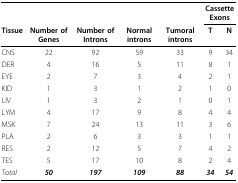
|  |  |  |  |  | <COLSPAN=2> Cassette Exons |
 | Tissue | Number of Genes | Number of Introns | Normal introns | Tumoral introns | T | N |
 | --- | --- | --- | --- | --- | --- | --- |
 | CNS | 22 | 92 | 59 | 33 | 9 | 34 |
 | DER | 4 | 16 | 5 | 11 | 8 | 1 |
 | EYE | 2 | 7 | 3 | 4 | 2 | 1 |
 | KID | 1 | 3 | 1 | 2 | 1 | 0 |
 | LIV | 1 | 3 | 2 | 1 | 0 | 1 |
 | LYM | 4 | 17 | 9 | 8 | 4 | 4 |
 | MSK | 7 | 24 | 13 | 11 | 3 | 6 |
 | PLA | 2 | 6 | 3 | 3 | 1 | 1 |
 | RES | 2 | 12 | 5 | 7 | 4 | 2 |
 | TES | 5 | 17 | 10 | 8 | 2 | 4 |
 | Total | 50 | 197 | 109 | 88 | 34 | 54 |